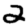
Digit: 2